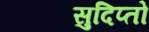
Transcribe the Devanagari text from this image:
सुदिप्तो